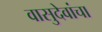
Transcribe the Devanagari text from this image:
वासुदेवांचा